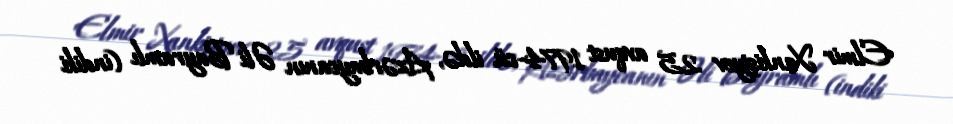
Elmir Xankişiyev 25 avqust 1974-cü ildə, Azərbaycanın Əli Bayramlı (indiki